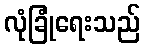
လုံခြုံရေးသည်